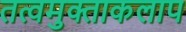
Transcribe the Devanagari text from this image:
तत्वमुक्ताकलाप